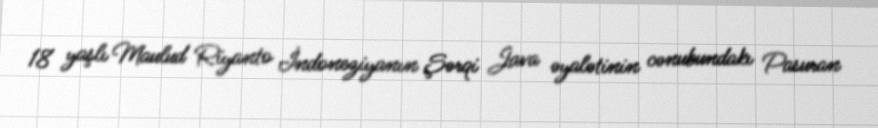
18 yaşlı Maulud Riyanto İndoneziyanın Şərqi Java əyalətinin cənubundakı Pasuran